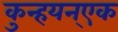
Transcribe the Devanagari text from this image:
कुन्हयन्एक